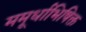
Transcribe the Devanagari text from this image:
ममूर्धाभिषिक्त